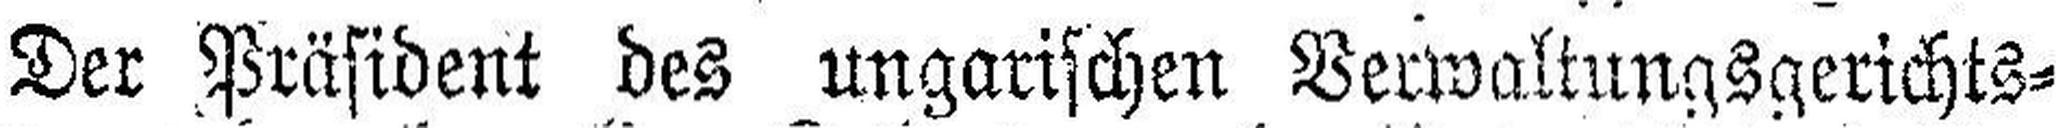
Der Präsident des ungarischen Verwaltungsgerichts¬